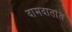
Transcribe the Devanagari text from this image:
दामदातांत